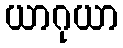
ယာဂုယာ